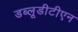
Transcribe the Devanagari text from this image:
डब्लूडीटीएन